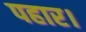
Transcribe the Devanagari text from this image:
पहार।